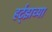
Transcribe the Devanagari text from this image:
हर्ट्‌झच्या